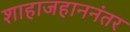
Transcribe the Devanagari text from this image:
शाहाजहाननंतर